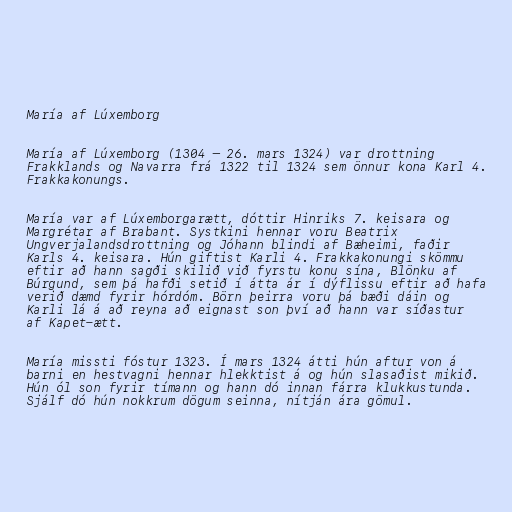
María af Lúxemborg

María af Lúxemborg (1304 – 26. mars 1324) var drottning
Frakklands og Navarra frá 1322 til 1324 sem önnur kona Karl 4.
Frakkakonungs.

María var af Lúxemborgarætt, dóttir Hinriks 7. keisara og
Margrétar af Brabant. Systkini hennar voru Beatrix
Ungverjalandsdrottning og Jóhann blindi af Bæheimi, faðir
Karls 4. keisara. Hún giftist Karli 4. Frakkakonungi skömmu
eftir að hann sagði skilið við fyrstu konu sína, Blönku af
Búrgund, sem þá hafði setið í átta ár í dýflissu eftir að hafa
verið dæmd fyrir hórdóm. Börn þeirra voru þá bæði dáin og
Karli lá á að reyna að eignast son því að hann var síðastur
af Kapet-ætt.

María missti fóstur 1323. Í mars 1324 átti hún aftur von á
barni en hestvagni hennar hlekktist á og hún slasaðist mikið.
Hún ól son fyrir tímann og hann dó innan fárra klukkustunda.
Sjálf dó hún nokkrum dögum seinna, nítján ára gömul.